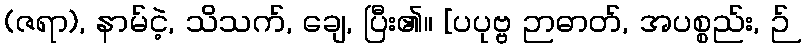
(ဇရာ), နာမ်ငဲ့, သိသက်, ချေ, ပြီး၏။ [ပပုဗ္ဗ ဉာဓာတ်, အပစ္စည်း, ဉ်